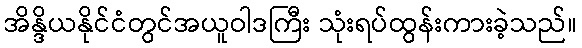
အိန္ဒိယနိုင်ငံတွင်အယူဝါဒကြီး သုံးရပ်ထွန်းကားခဲ့သည်။